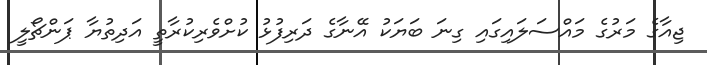
ޖިއާގެ މަރުގެ މައްސަލައިގައި ގިނަ ބަޔަކު އޭނާގެ ދަރިފުޅު ކުށްވެރިކުރާތީ އަދިތުޔާ ޕަންޗޯލީ